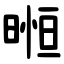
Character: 暅